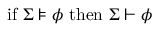
{ \mathrm { i f ~ } } \Sigma \models \phi { \mathrm { ~ t h e n ~ } } \Sigma \vdash \phi